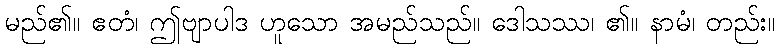
မည်၏။ ဧတံ၊ ဤဗျာပါဒ ဟူသော အမည်သည်။ ဒေါသဿ၊ ၏။ နာမံ၊ တည်း။